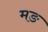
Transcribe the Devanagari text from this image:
मङ